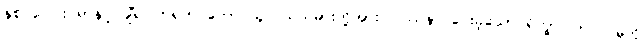
နှစ် ပေါင်း ရာနှင့် ချီ၍ တရုတ် တောင်သူလယ်သမားတို့အား ပြဿနာ ပေးခဲ့သော ရိက္ခာပြတ်လပ်မှုကို